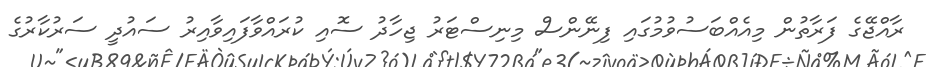
ރާއްޖޭގެ ފަރާތުން މިއެއްބަސުވުމުގައި ފިނޭންސް މިނިސްޓަރު ޖިހާދު ސޮއި ކުރައްވާފައިވާއިރު ސައުދީ ސަރުކާރުގެ